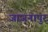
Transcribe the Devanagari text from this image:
जाजनापुर